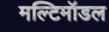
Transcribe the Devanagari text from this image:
मल्टिमॉडल